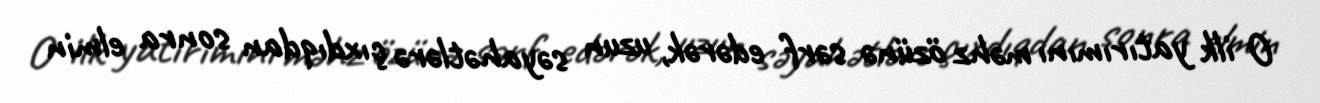
O ilk yatırımını məhz özünə sərf edərək, uzun səyahətlərə çıxdıqdan sonra elmin